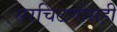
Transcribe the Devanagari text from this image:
सरचिटणीसही